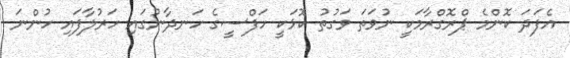
އެފަދަ ކޮންމެ ޕްރޮގްރާމަކީ ނުވަތަ ވަގުތު ކޮޅަކީ ހަފްސީގެ ހަނދާނުގައި ހަރުލާފައި ހުންނަ